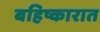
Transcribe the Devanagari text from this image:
बहिष्कारात